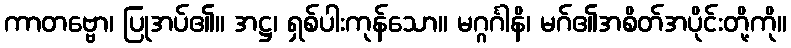
ကာတဗ္ဗော၊ ပြုအပ်၏။ အဋ္ဌ၊ ရှစ်ပါးကုန်သော။ မဂ္ဂင်္ဂါနိ၊ မဂ်၏အစိတ်အပိုင်းတို့ကို။